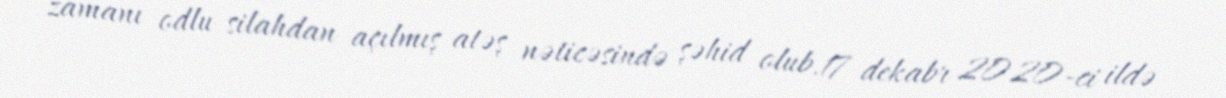
zamanı odlu silahdan açılmış atəş nəticəsində şəhid olub.17 dekabr 2020-ci ildə